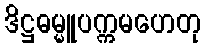
ဒိဋ္ဌဓမ္မူပက္ကမဟေတု